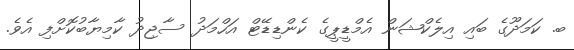
ބ. ކަމަދޫގެ ބައި އިލެކްޝަން އެމްޑީޕީގެ ކެންޑިޑޭޓް އަހްމަދު ސާޖިދު ކާމިޔާބުކޮށްފި އެވެ.